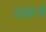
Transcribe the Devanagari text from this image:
तकने